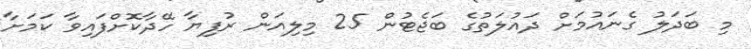
މި ބަދަލު ގެނައުމަށް ދައުލަތުގެ ބަޖެޓުން 25 މިލިއަން ރުފިޔާ ހޭދާކޮށްފައިވާ ކަމަށާ